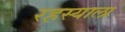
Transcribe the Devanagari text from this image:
रहस्याला